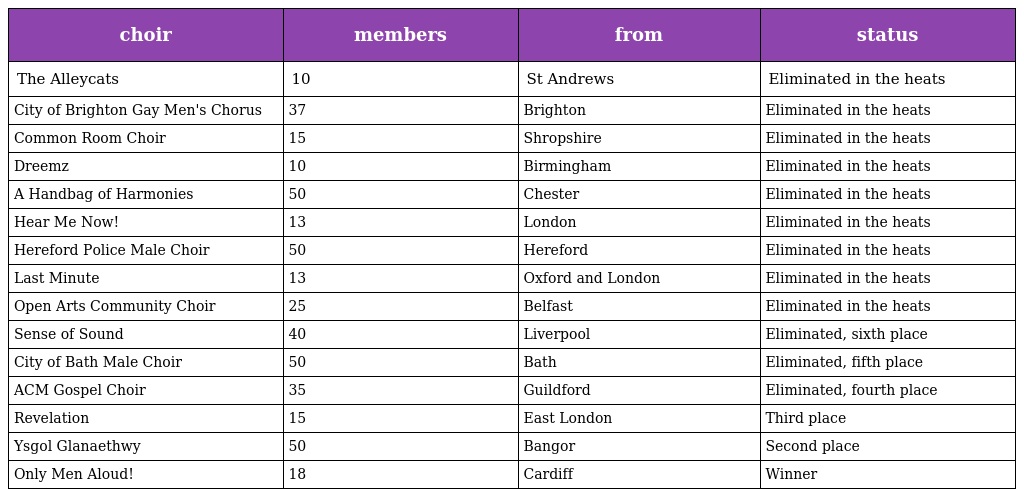
| choir | members | from | status |
 | --- | --- | --- | --- |
 | The Alleycats | 10 | St Andrews | Eliminated in the heats |
 | City of Brighton Gay Men's Chorus | 37 | Brighton | Eliminated in the heats |
 | Common Room Choir | 15 | Shropshire | Eliminated in the heats |
 | Dreemz | 10 | Birmingham | Eliminated in the heats |
 | A Handbag of Harmonies | 50 | Chester | Eliminated in the heats |
 | Hear Me Now! | 13 | London | Eliminated in the heats |
 | Hereford Police Male Choir | 50 | Hereford | Eliminated in the heats |
 | Last Minute | 13 | Oxford and London | Eliminated in the heats |
 | Open Arts Community Choir | 25 | Belfast | Eliminated in the heats |
 | Sense of Sound | 40 | Liverpool | Eliminated, sixth place |
 | City of Bath Male Choir | 50 | Bath | Eliminated, fifth place |
 | ACM Gospel Choir | 35 | Guildford | Eliminated, fourth place |
 | Revelation | 15 | East London | Third place |
 | Ysgol Glanaethwy | 50 | Bangor | Second place |
 | Only Men Aloud! | 18 | Cardiff | Winner |